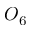
O _ { 6 }